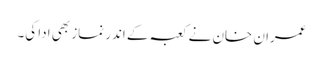
عمران خان نے کعبہ کے اندر نماز بھی ادا کی۔